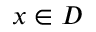
x \in D